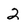
Character: 2